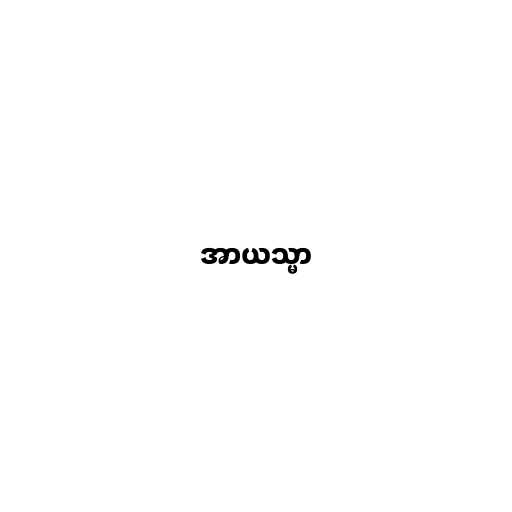
အာယသ္မာ